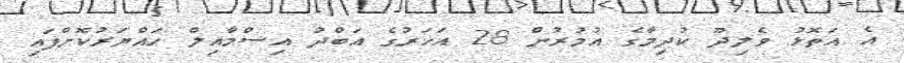
އެ އަތޮޅު ވެލިދޫ ކުދިމާގެ އުމުރުން 28 އަހަރުގެ އަބްދު އިސްމާއިލް ހައްޔަރުކޮށްފައި